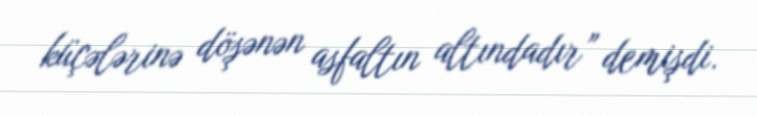
küçələrinə döşənən asfaltın altındadır” demişdi.